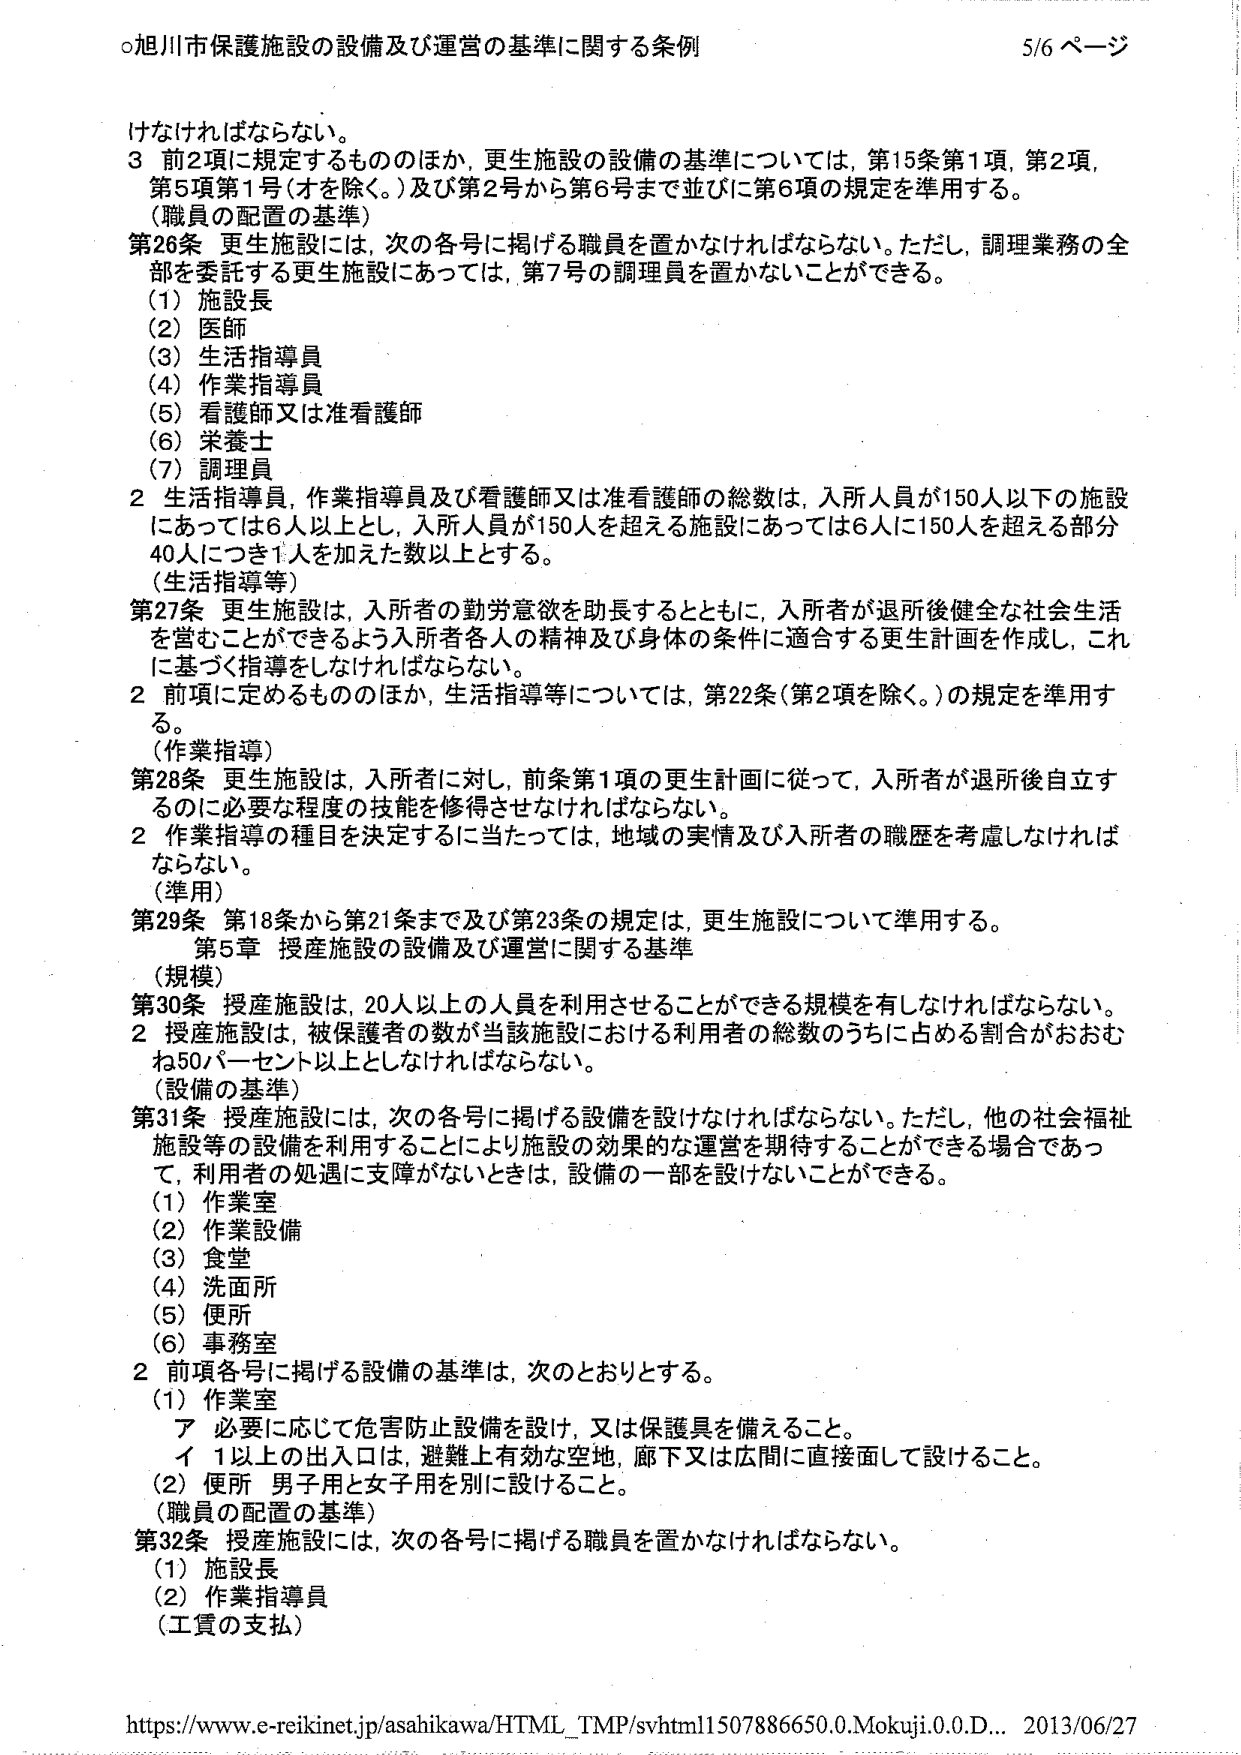
○旭川市保護施設の設備及び運営の基準に関する条例 5/6 ページ

けなければならない。
3 前2項に規定するもののほか、更生施設の設備の基準については、第15条第1項、第2項、
第5項第1号（オを除く。）及び第2号から第6号まで並びに第6項の規定を準用する。
（職員の配置の基準）
第26条 更生施設には、次の各号に掲げる職員を置かなければならない。ただし、調理業務の全
部を委託する更生施設にあっては、第7号の調理員を置かないことができる。
（1）施設長
（2）医師
（3）生活指導員
（4）作業指導員
（5）看護師又は准看護師
（6）栄養士
（7）調理員
2 生活指導員、作業指導員及び看護師又は准看護師の総数は、入所人員が150人以下の施設
にあっては6人以上とし、入所人員が150人を超える施設にあっては6人に150人を超える部分
40人につき1人を加えた数以上とする。
（生活指導等）
第27条 更生施設は、入所者の勤労意欲を助長するとともに、入所者が退所後健全な社会生活
を営むことができるよう入所者各人の精神及び身体の条件に適合する更生計画を作成し、これ
に基づく指導をしなければならない。
2 前項に定めるもののほか、生活指導等については、第22条（第2項を除く。）の規定を準用す
る。
（作業指導）
第28条 更生施設は、入所者に対し、前条第1項の更生計画に従って、入所者が退所後自立す
るのに必要な程度の技能を修得させなければならない。
2 作業指導の種目を決定するに当たっては、地域の実情及び入所者の職歴を考慮しなければ
ならない。
（準用）
第29条 第18条から第21条まで及び第23条の規定は、更生施設について準用する。
第5章 授産施設の設備及び運営に関する基準
（規模）
第30条 授産施設は、20人以上の人員を利用させることができる規模を有しなければならない。
2 授産施設は、被保護者の数が当該施設における利用者の総数のうちに占める割合がおおむ
ね50パーセント以上としなければならない。
（設備の基準）
第31条 授産施設には、次の各号に掲げる設備を設けなければならない。ただし、他の社会福祉
施設等の設備を利用することにより施設の効果的な運営を期待することができる場合であっ
て、利用者の処遇に支障がないときは、設備の一部を設けないことができる。
（1）作業室
（2）作業設備
（3）食堂
（4）洗面所
（5）便所
（6）事務室
2 前項各号に掲げる設備の基準は、次のとおりとする。
（1）作業室
ア 必要に応じて危害防止設備を設け、又は保護具を備えること。
イ 1以上の出入口は、避難上有効な空地、廊下又は広間に直接面して設けること。
（2）便所 男子用と女子用を別に設けること。
（職員の配置の基準）
第32条 授産施設には、次の各号に掲げる職員を置かなければならない。
（1）施設長
（2）作業指導員
（工賃の支払）

https://www.e-reikinet.jp/asahikawa/HTML_TMP/svhtml1507886650.0.Mokujl.0.0.D... 2013/06/27